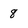
Character: 8